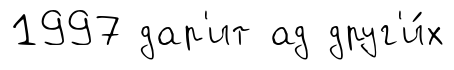
1997 дар'ит ад друг'и́х